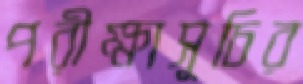
পরীক্ষাসূচির